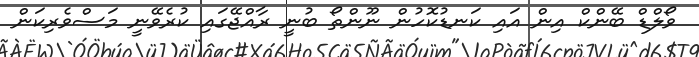
ވޯލްޑް ބޭންކް އިން އައި ކަނޑުކޮހުން ނޫންތޯ ބުނީ ރާއްޖޭގައި ކުރެވޭނީ މަސްވެރިކަން